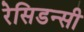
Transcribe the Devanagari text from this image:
रेसिडन्सी